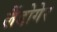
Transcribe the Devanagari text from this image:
लैंडोगेर